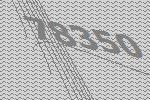
78350